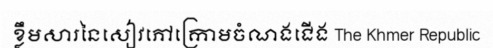
ខ្លឹមសារនៃសៀវភៅក្រោមចំណងជើង The Khmer Republic